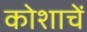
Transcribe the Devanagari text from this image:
कोशाचें